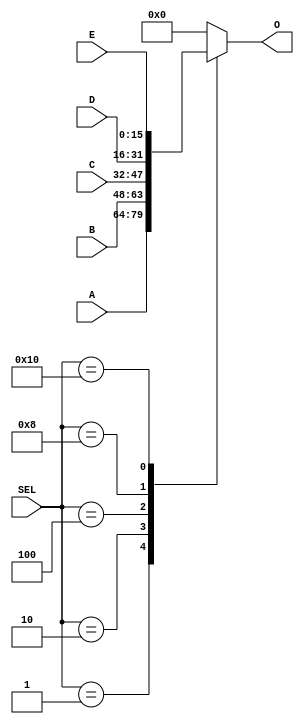
module MUX5WAY16(input [15:0] A, B, C, D, E, input [4:0] SEL, output [15:0] O);
	reg O;

	always @*
	case(SEL)
		5'b00001 : O = A;
		5'b00010 : O = B;
		5'b00100 : O = C;
		5'b01000 : O = D;
		5'b10000 : O = E;
		default : O = 0;
	endcase
endmodule